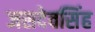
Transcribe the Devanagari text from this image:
जसदेवसिंह